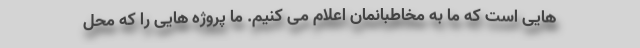
هایی است که ما به مخاطبانمان اعلام می کنیم. ما پروژه هایی را که محل